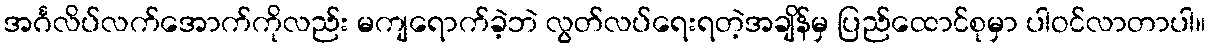
အင်္ဂလိပ်လက်အောက်ကိုလည်း မကျရောက်ခဲ့ဘဲ လွတ်လပ်ရေးရတဲ့အချိန်မှ ပြည်ထောင်စုမှာ ပါဝင်လာတာပါ။